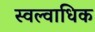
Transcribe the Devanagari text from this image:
स्वल्वाधिक